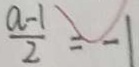
\frac { a - 1 } { 2 } = - 1